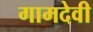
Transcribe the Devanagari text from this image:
गामदेवी